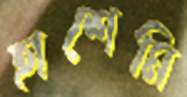
হাশেমি